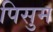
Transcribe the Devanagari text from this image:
पिसुम